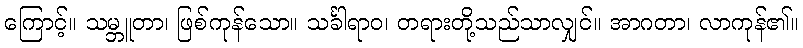
ကြောင့်။ သမ္ဘူတာ၊ ဖြစ်ကုန်သော။ သင်္ခါရာဝ၊ တရားတို့သည်သာလျှင်။ အာဂတာ၊ လာကုန်၏။